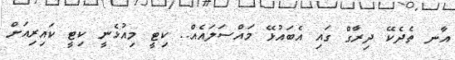
އާނ ތެދެކޭ ދިރާގް ގައި އެބައުޅޭ މައްސަލައެއް.. ކިޓީ މިއުޅެނީ ކިޓީ ކައިރިއަށް